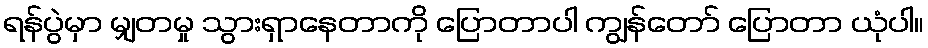
ရန်ပွဲမှာ မျှတမှု သွားရှာနေတာကို ပြောတာပါ ကျွန်တော် ပြောတာ ယုံပါ။